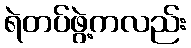
ရဲတပ်ဖွဲ့ကလည်း